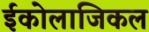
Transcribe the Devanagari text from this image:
ईकोलाजिकल